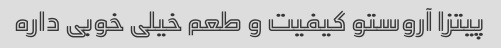
پیتزا آروستو کیفیت و طعم خیلی خوبی داره